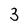
Character: 3